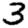
Digit: 3